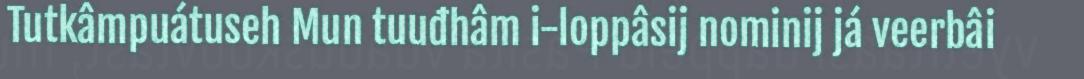
Tutkâmpuátuseh Mun tuuđhâm i-loppâsij nominij já veerbâi